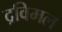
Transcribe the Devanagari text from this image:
द्रविमल